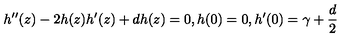
h ^ { \prime \prime } ( z ) - 2 h ( z ) h ^ { \prime } ( z ) + d h ( z ) = 0 , h ( 0 ) = 0 , h ^ { \prime } ( 0 ) = \gamma + \frac { d } { 2 }